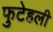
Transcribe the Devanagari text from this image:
फुटेहली